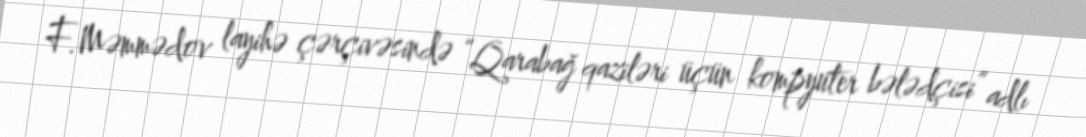
F.Məmmədov layihə çərçivəsində “Qarabağ qaziləri üçün kompyuter bələdçisi” adlı